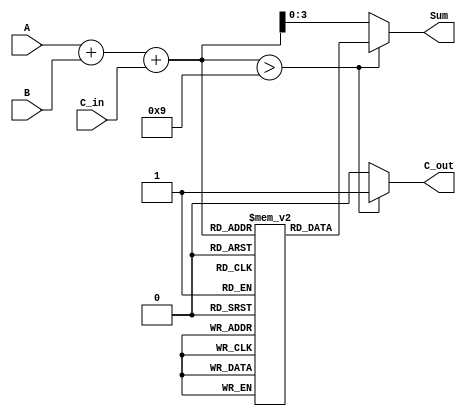
module BCD_LUT_Adder (
    input  [3:0] A,       // First BCD digit
    input  [3:0] B,       // Second BCD digit
    input        C_in,     // Carry-in
    output [3:0] Sum,     // BCD sum output
    output       C_out     // Carry-out
);

    wire [4:0] S;          // 5-bit sum to accommodate carry
    wire [4:0] corrected_sum; // Sum after correction if needed

    // Step 1: Add the two BCD inputs and the carry-in
    assign S = A + B + C_in;

    // Step 2: LUT for BCD correction
    // LUT mapping for binary sums (0-19) to BCD outputs
    reg [3:0] LUT [0:19];
    
    initial begin
        LUT[0]  = 4'b0000; // 0
        LUT[1]  = 4'b0001; // 1
        LUT[2]  = 4'b0010; // 2
        LUT[3]  = 4'b0011; // 3
        LUT[4]  = 4'b0100; // 4
        LUT[5]  = 4'b0101; // 5
        LUT[6]  = 4'b0110; // 6
        LUT[7]  = 4'b0111; // 7
        LUT[8]  = 4'b1000; // 8
        LUT[9]  = 4'b1001; // 9
        LUT[10] = 4'b0000; // 10 (corrected to 0 with carry out)
        LUT[11] = 4'b0001; // 11 (corrected to 1 with carry out)
        LUT[12] = 4'b0010; // 12 (corrected to 2 with carry out)
        LUT[13] = 4'b0011; // 13 (corrected to 3 with carry out)
        LUT[14] = 4'b0100; // 14 (corrected to 4 with carry out)
        LUT[15] = 4'b0101; // 15 (corrected to 5 with carry out)
        LUT[16] = 4'b0110; // 16 (corrected to 6 with carry out)
        LUT[17] = 4'b0111; // 17 (corrected to 7 with carry out)
        LUT[18] = 4'b1000; // 18 (corrected to 8 with carry out)
        LUT[19] = 4'b1001; // 19 (corrected to 9 with carry out)
    end

    // Step 3: Correction Logic
    assign corrected_sum = (S > 9) ? (S + 5'd6) : S; // Correct if S > 9
    assign C_out = (S > 9) ? 1'b1 : 1'b0; // Set carry out if correction is needed

    // Step 4: Output Assignment
    assign Sum = (S > 9) ? LUT[S] : S[3:0]; // Use LUT output if correction needed

endmodule